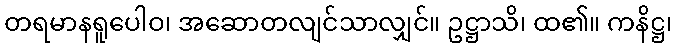
တရမာနရူပေါဝ၊ အဆောတလျင်သာလျှင်။ ဥဋ္ဌာသိ၊ ထ၏။ ကနိဋ္ဌ၊